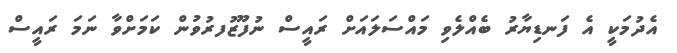
އެދުމަކީ އެ ފަނޑިޔާރު ބެއްލެވި މައްސަލައަށް ރައީސް ނުފޫޒުފރުވުން ކަމަށްވާ ނަމަ ރައީސް